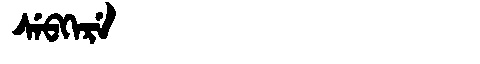
Manchu: ᠰᡝᠪᡴᡝᡵᡝ
Romanization: SEBKERE